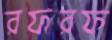
রফরফ